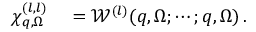
\begin{array} { r l } { \chi _ { \boldsymbol { q } , \Omega } ^ { ( l , l ) } } & { { } = \mathscr { W } ^ { ( l ) } ( \boldsymbol { q } , \Omega ; \cdots ; \boldsymbol { q } , \Omega ) \, . } \end{array}